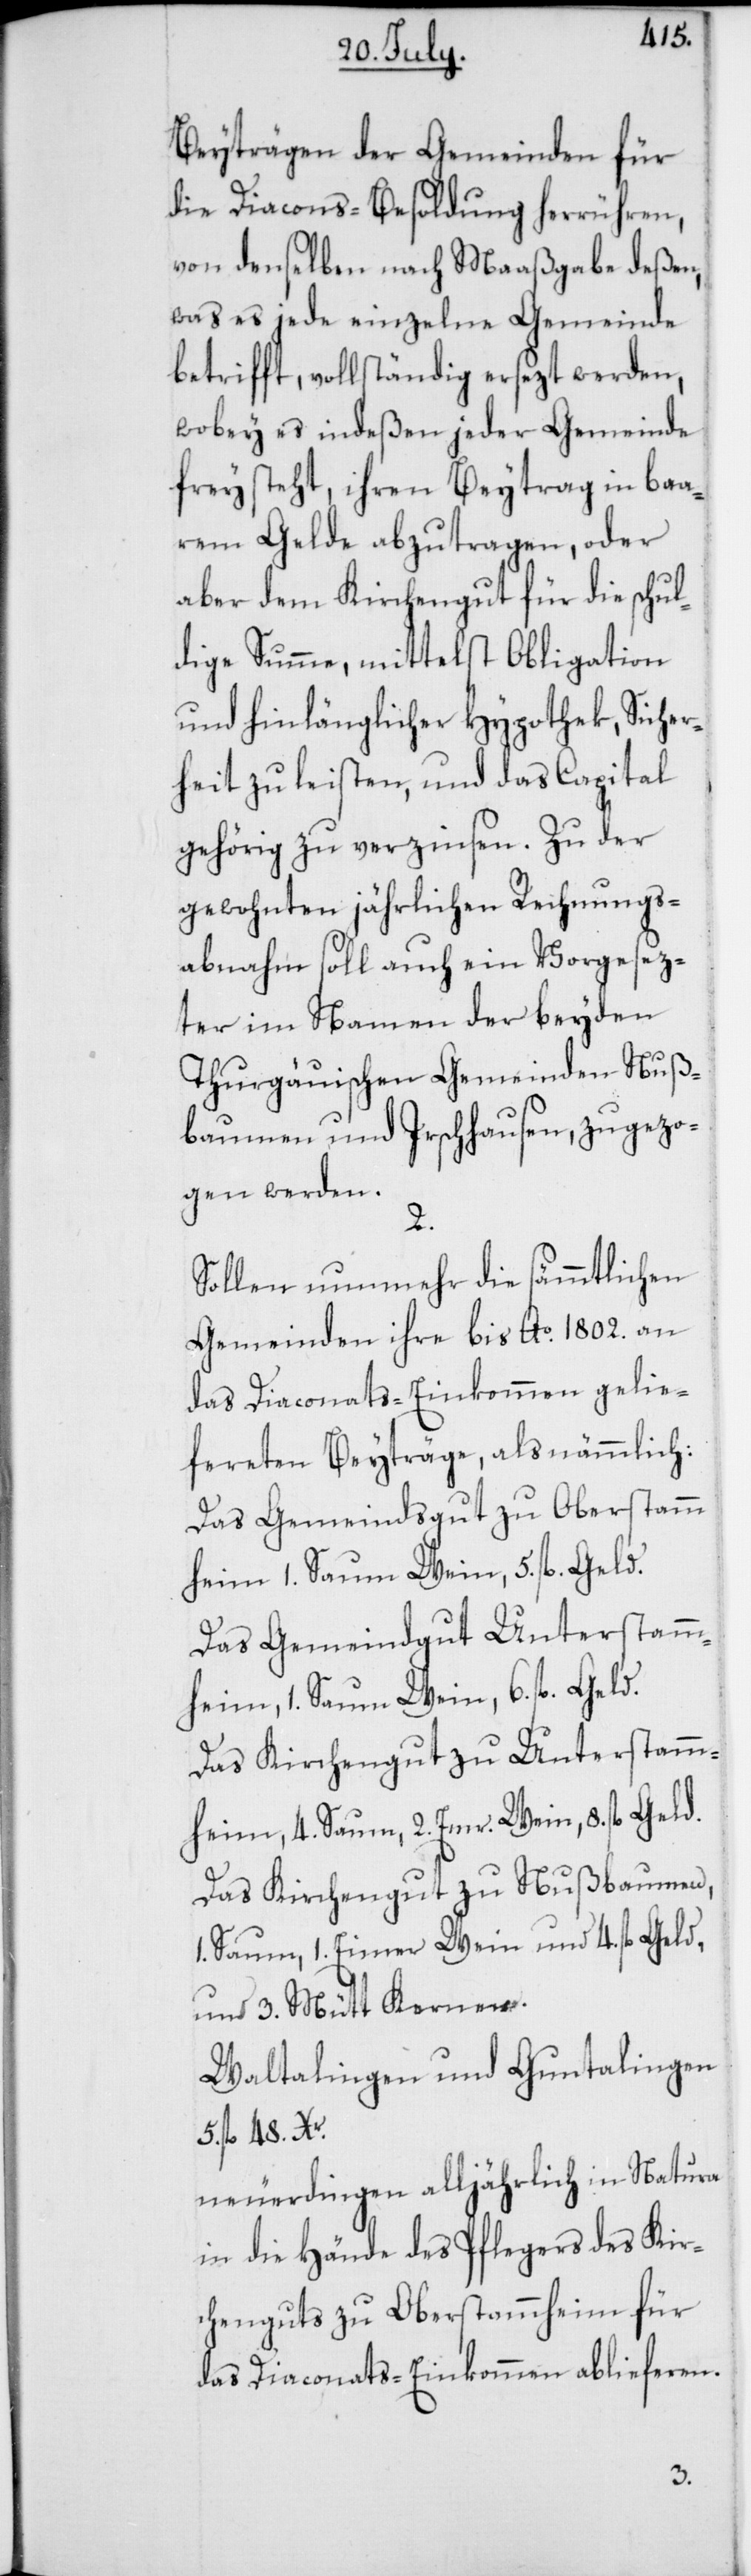
Beyträgen der Gemeinden für
die Diacons-Besoldung herrühren,
von denselben nach Maaßgabe deßen,
was es jede einzelne Gemeinde
betrifft, vollständig ersezt werden,
wobey es indeßen jeder Gemeinde
freysteht, ihren Beytrag in baa¬
rem Gelde abzutragen, oder
aber dem Kirchengut für die schul¬
dige Summe, mittelst Obligation
und hinlänglicher Hypothek, Sicher¬
heit zu leisten, und das Capital
gehörig zu verzinsen. Zu der
gewohnten jährlichen Rechnungs¬
abnahm soll auch ein Vorgesez¬
ter im Namen der beyden
Thurgauischen Gemeinden Nuß¬
baumen und Irschhausen zugezo¬
gen werden.
2.
Sollen nunmehr die sämmtlichen
Gemeinden ihre bis Ao 1802 an
das Diaconats-Einkommen gelie¬
fereten Beyträge, als nämmlich:
Das Gemeindsgut zu Oberstamm¬
heim 1. Saum Wein, 5 fl. Geld.
Das Gemeindgut Unterstamm¬
heim, 1. Saum Wein, 6 fl. Geld.
Das Kirchengut zu Unterstamm¬
heim, 4. Saum, 2. Emr. Wein, 8 fl. Geld.
Das Kirchengut zu Nußbaumen,
1. Saum, 1. Eimer Wein und 4. fl. Geld,
und 3. Mütt Kernen.
Waltalingen und Guntalingen
5. fl. 48 Xr.
neuerdingen alljährlich in Natura
in die Hände des Pflegers des Kir¬
chenguts zu Oberstammheim für
das Diaconats-Einkommen ablieferen.